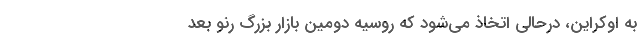
به اوکراین، درحالی اتخاذ می‌شود که روسیه دومین بازار بزرگ رنو بعد